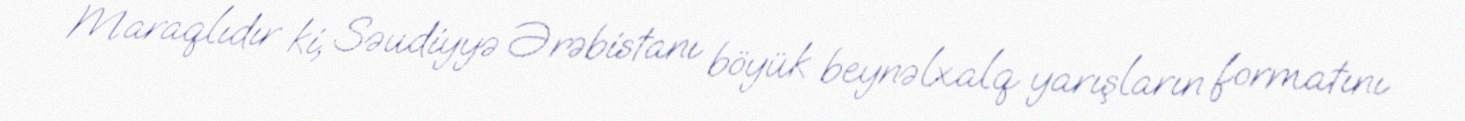
Maraqlıdır ki, Səudiyyə Ərəbistanı böyük beynəlxalq yarışların formatını